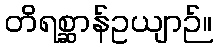
တိရစ္ဆာန်ဥယျာဉ်။